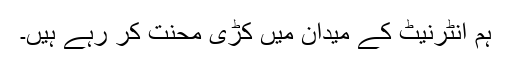
ہم انٹرنیٹ کے میدان میں کڑی محنت کر رہے ہیں۔